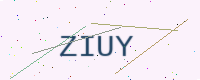
Text: ZIUY